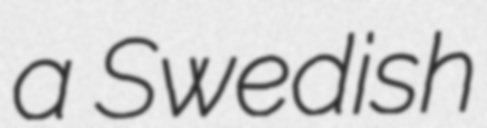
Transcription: a Swedish